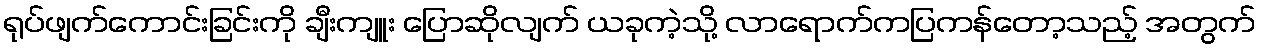
ရုပ်ဖျက်ကောင်းခြင်းကို ချီးကျူး ပြောဆိုလျက် ယခုကဲ့သို့ လာရောက်ကပြကန်တော့သည့် အတွက်